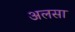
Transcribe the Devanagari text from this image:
अलसा